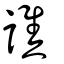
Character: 譙